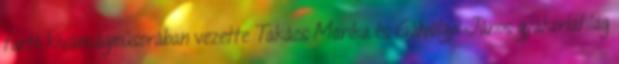
tartó kívánságműsorában vezette Takács Marika és Gálvölgyi János gyakorlatilag